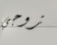
زوجي